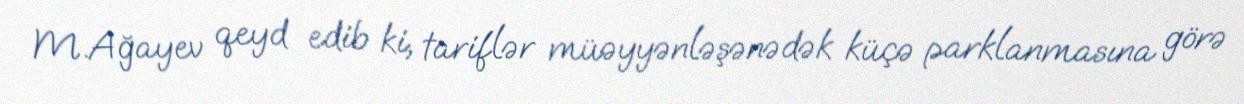
M.Ağayev qeyd edib ki, tariflər müəyyənləşənədək küçə parklanmasına görə